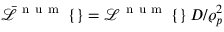
\bar { \mathcal { L } } ^ { \mathrm { ~ n ~ u ~ m ~ } } \left\{ \right\} = \mathcal { L } ^ { \mathrm { ~ n ~ u ~ m ~ } } \left\{ \right\} D / \varrho _ { p } ^ { 2 }